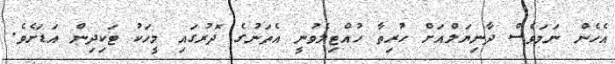
އެހެން ނަމަވެސް ދާނިޔަލްއަށް ހުރިތާ ހުއްޓިލެވުނީ އެތަނުގެ ދޮރުގައި މީހަކު ޓަކިދިން އަޑަށެވެ.